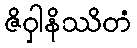
ဇိဝှါနိဿိတံ